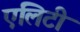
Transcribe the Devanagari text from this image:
एलिटी